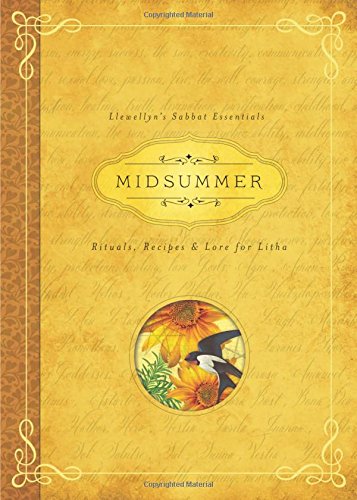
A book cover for Midsummer: Rituals, Recipes & Lore for Litha (Llewellyn's Sabbat Essentials); Llewellyn; Religion & Spirituality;